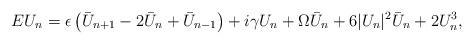
LaTeX: \begin{align*}E U_n = \epsilon \left( \bar{U}_{n+1} - 2 \bar{U}_n + \bar{U}_{n-1} \right) + i \gamma U_n + \Omega \bar{U}_n +6 |U_n|^2 \bar{U}_n + 2 U_n^3, \end{align*}